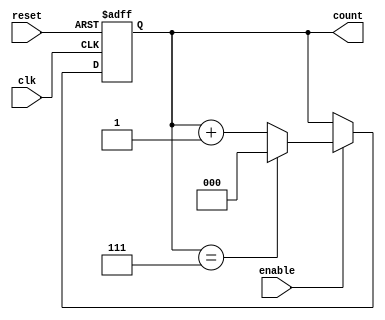
module binary_up_counter (
    input wire clk,       // Clock signal
    input wire reset,     // Asynchronous reset signal
    input wire enable,    // Enable signal
    output reg [n-1:0] count // Output count value
);
    parameter n = 3; // Width of the counter (number of bits)

    always @(posedge clk or posedge reset) begin
        if (reset) begin
            count <= 0; // Asynchronously reset the counter to 0
        end else if (enable) begin
            if (count == (2**n - 1)) begin
                count <= 0; // Wrap around to 0 when max value is reached
            end else begin
                count <= count + 1; // Increment the counter
            end
        end
    end
endmodule